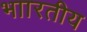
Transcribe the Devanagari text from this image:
भाारतीय